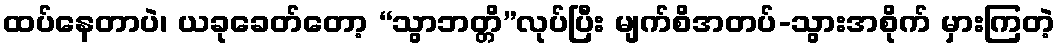
ထပ်နေတာပဲ၊ ယခုခေတ်တော့ “သွာဘတ္တိ”လုပ်ပြီး မျက်စိအတပ်-သွားအစိုက် မှားကြတဲ့